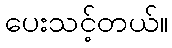
ပေးသင့်တယ်။